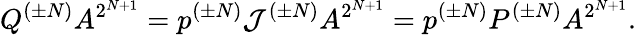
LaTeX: Q^{(\pm N)}A^{2^{N+1}}=p^{(\pm N)}{\cal J}^{(\pm N)}A^{2^{N+1}}=p^{(\pm N)}P^{(\pm N)}A^{2^{N+1}}.